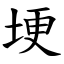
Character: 埂